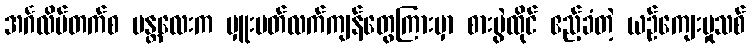
အင်္ဂလိပ်တက်စ မန္တလေးက မှူးမတ်လက်ကျန်တွေကြားမှာ စားပွဲထိုင် ဧည့်ခံတဲ့ ယဉ်ကျေးမှုသစ်